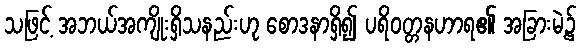
သဖြင့် အဘယ်အကျိုးရှိသနည်းဟု စောဒနာရှိ၍ ပရိဝတ္တနဟာရ၏ အခြားမဲ့၌